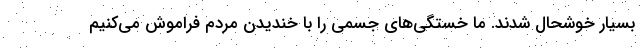
بسیار خوشحال شدند. ما خستگی‌های جسمی را با خندیدن مردم فراموش می‌کنیم